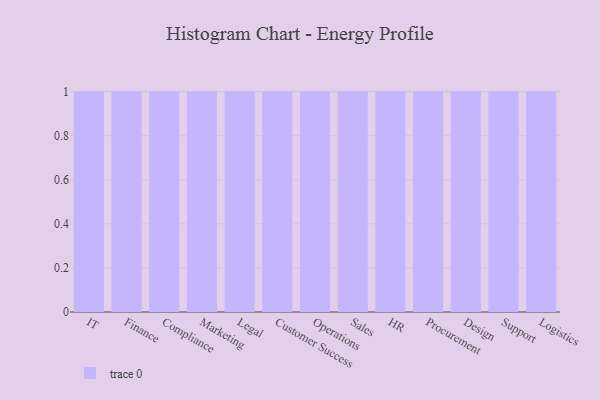
{"axis": {"x": "Department", "y": "Tickets Resolved"}, "legend": [""], "data": [{"x": "IT", "y": 58, "type": ""}, {"x": "Finance", "y": 62, "type": ""}, {"x": "Compliance", "y": 31, "type": ""}, {"x": "Marketing", "y": 4, "type": ""}, {"x": "Legal", "y": 1, "type": ""}, {"x": "Customer Success", "y": 29, "type": ""}, {"x": "Operations", "y": 53, "type": ""}, {"x": "Sales", "y": 94, "type": ""}, {"x": "HR", "y": 22, "type": ""}, {"x": "Procurement", "y": 76, "type": ""}, {"x": "Design", "y": 56, "type": ""}, {"x": "Support", "y": 64, "type": ""}, {"x": "Logistics", "y": 6, "type": ""}]}